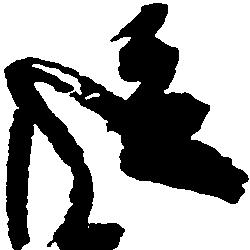
従